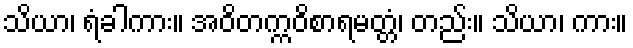
သိယာ၊ ရံခါကား။ အဝိတက္ကဝိစာရမတ္တံ၊ တည်း။ သိယာ၊ ကား။